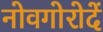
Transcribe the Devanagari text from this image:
नोवगोरोदें